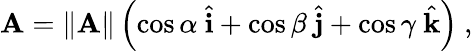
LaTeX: \mathbf{A}=\| \mathbf{A}\| \left(\cos\alpha\ {\hat{\mathbf{i}}}+\cos\beta\ {\hat{\mathbf{j}}}+\cos\gamma\ {\hat{\mathbf{k}}}\right)\ ,